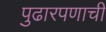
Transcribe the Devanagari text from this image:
पुढारपणाची